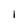
Character: I